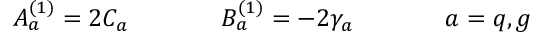
A _ { a } ^ { ( 1 ) } = 2 C _ { a } ~ ~ ~ ~ ~ ~ ~ ~ ~ ~ ~ B _ { a } ^ { ( 1 ) } = - 2 \gamma _ { a } ~ ~ ~ ~ ~ ~ ~ ~ ~ ~ ~ a = q , g